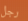
رجل